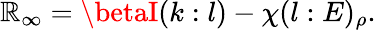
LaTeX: \mathbb{R}_{\infty}=\betaI(k:l)-\chi(l:E)_{\rho}.